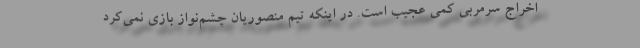
اخراج سرمربی کمی عجیب است. در اینکه تیم منصوریان چشم‌نواز بازی نمی‌کرد